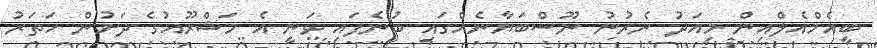
ބީއެމްއެލްއިން މިއަދު ނެރުނު ނޫސްބަޔާނެއްގައި ބުނެފައި ވަނީ އެ މަޝްރޫއުގެ ދަށުން ހަތަރު